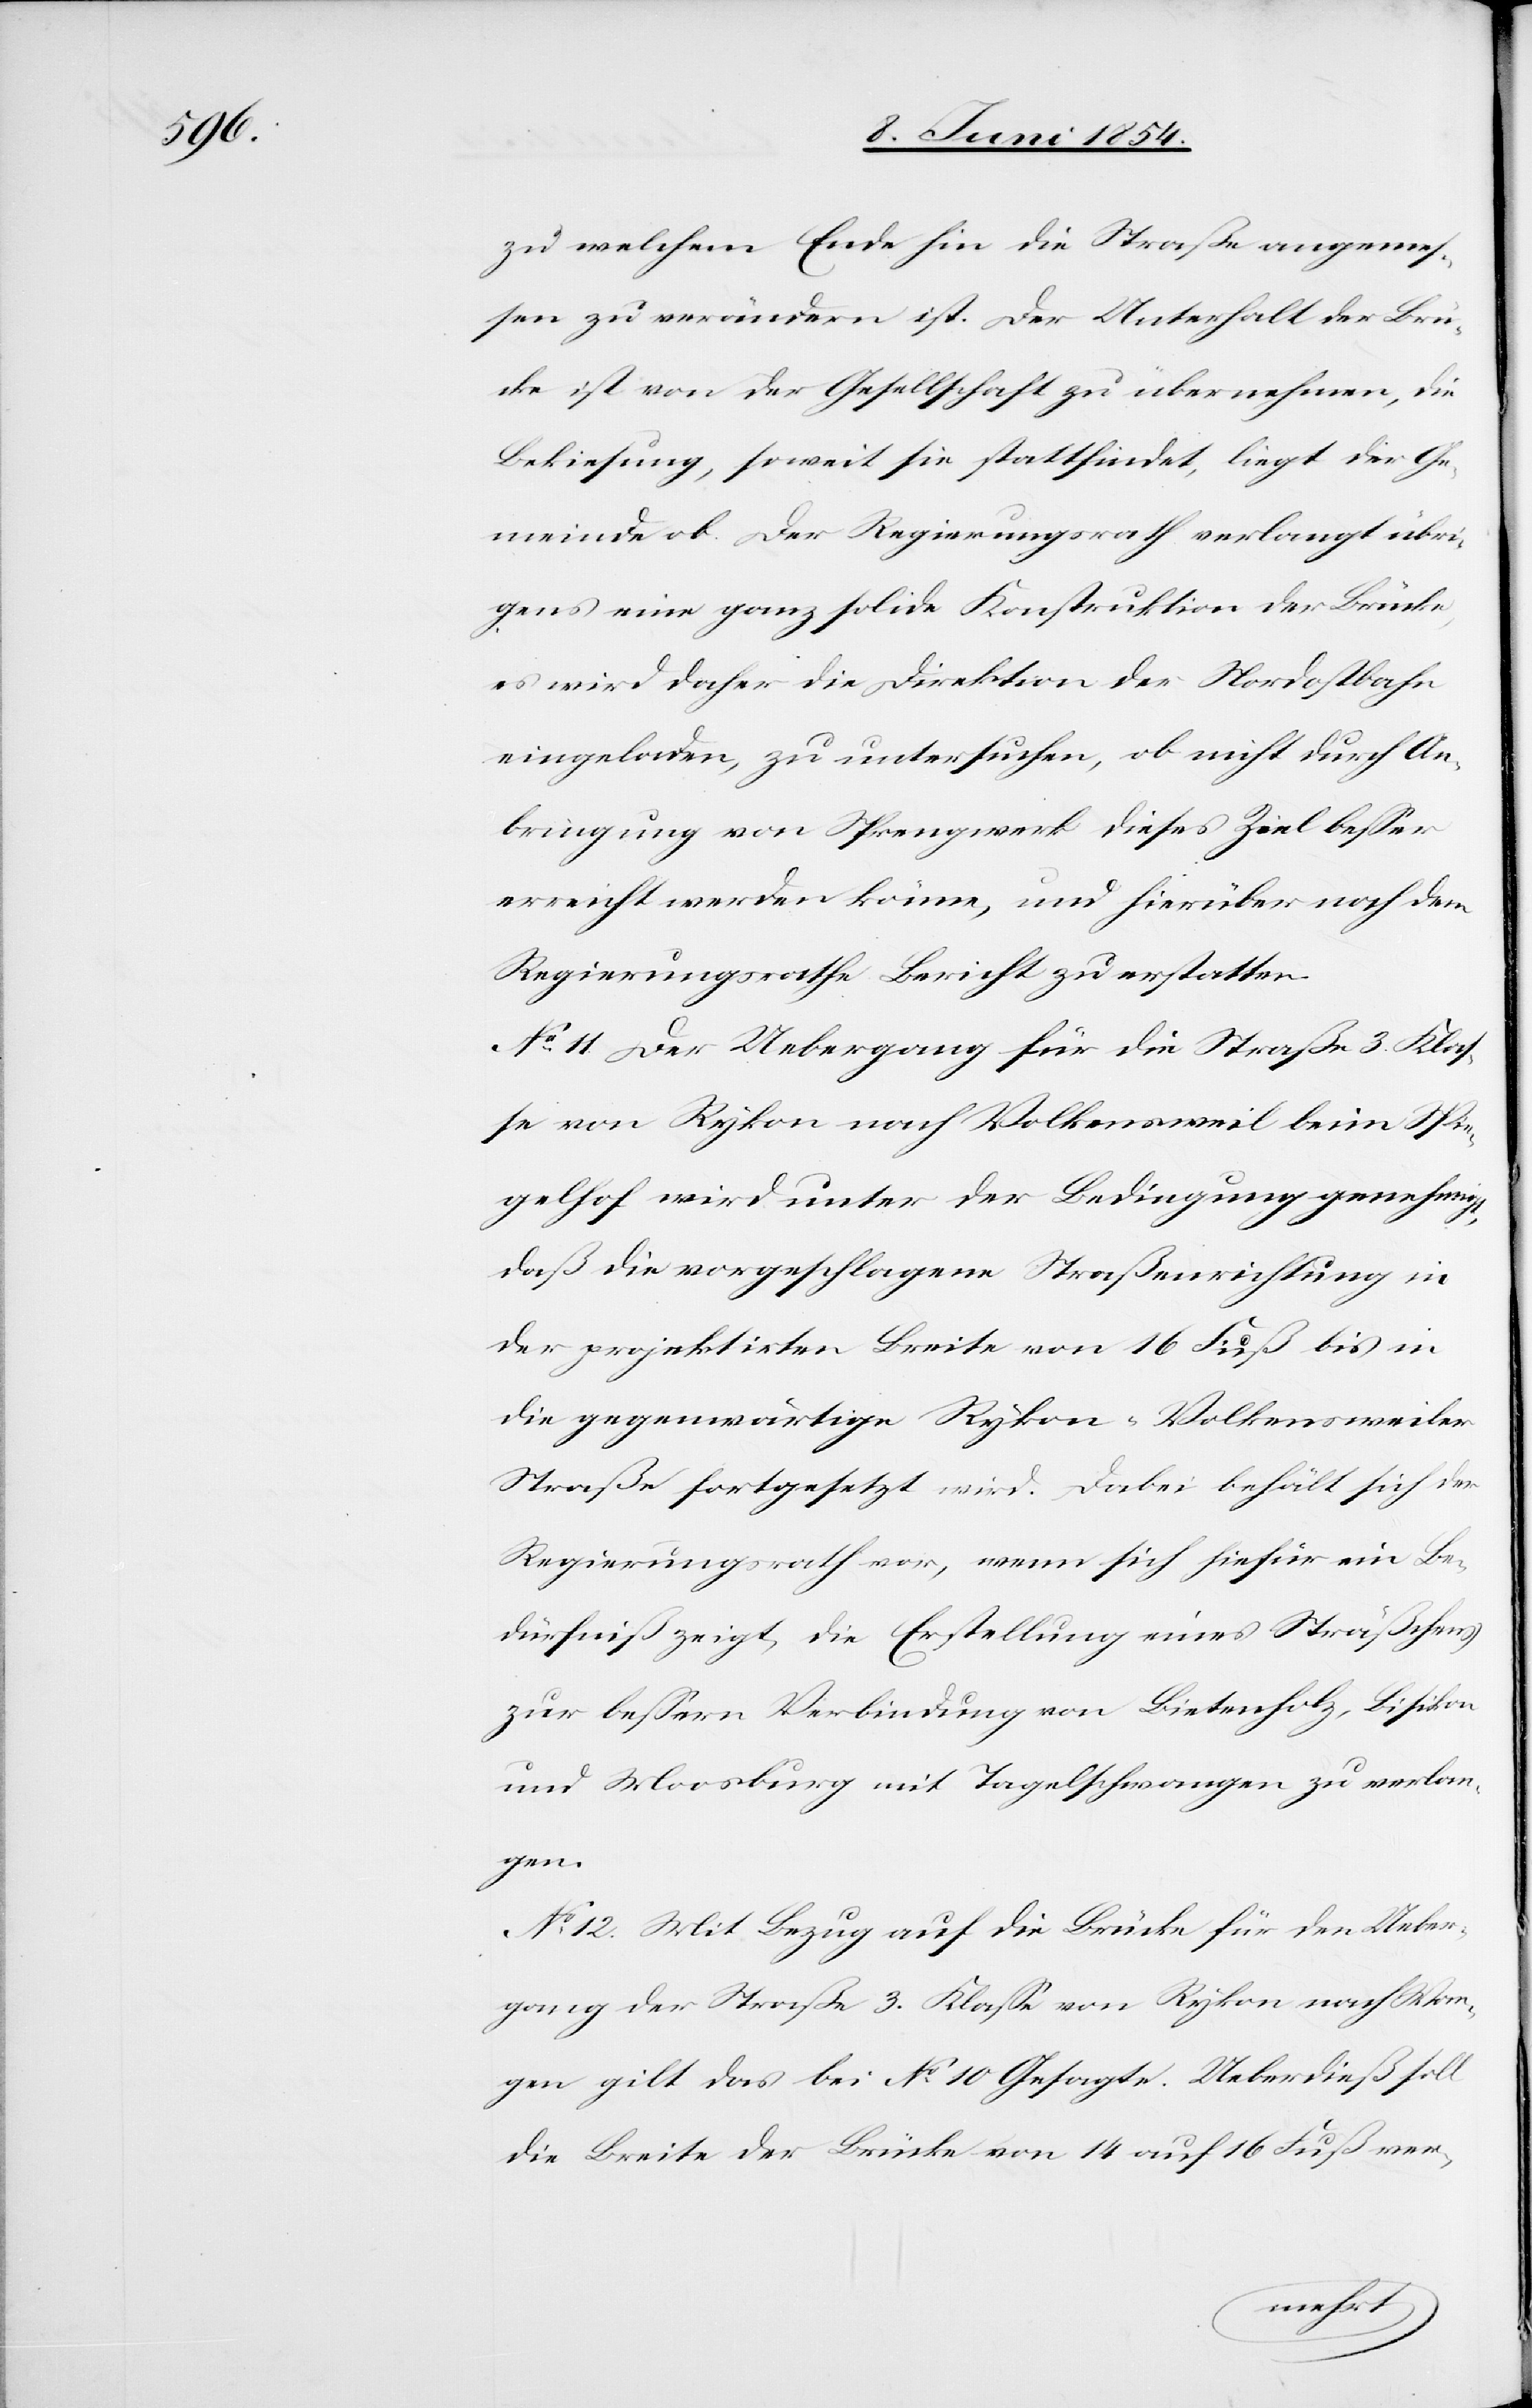
zu welchem Ende hin die Straße angemeß¬
en zu verändern ist. Der Unterhalt der Brü¬
cke ist von der Gesellschaft zu übernehmen, die
Bekiesung, soweit sie stattfindet, liegt der Ge¬
meinde ob. Der Regierungsrath verlangt übri¬
gens eine ganz solide Konstruktion der Brücke,
es wird daher die Direktion der Nordostbahn
eingeladen, zu untersuchen, ob nicht durch An¬
bringung von Sprengwerk dieses Ziel beßer
erreicht werden könne, und hierüber noch dem
Regierungsrathe Bericht zu erstatten.
No 11. Der Uebergang für die Straße 3. Klaß¬
e von Rykon nach Volkensweil beim Spie¬
gelhof wird unter der Bedingung genehmigt,
daß die vorgeschlagene Straßenrichtung in
der projektirten Breite von 16 Fuß bis in
die gegenwärtige Rykon-Volkensweiler
Straße fortgesetzt wird. Dabei behält sich der
Regierungsrath vor, wenn sich hiefür ein Be¬
dürfniß zeigt, die Erstellung eines Sträßchens,
zur beßern Verbindung von Bietenholz, Bisikon
und Moosburg mit Tagelschwangen zu verlan¬
gen.
No 12. Mit Bezug auf die Brücke für den Ueber¬
gang der Straße 3. Klaße von Rykon nach Wan¬
gen gilt das bei No 10 Gesagte. Ueberdieß soll
die Breite der Brücke von 14 auf 16 Fuß ver-